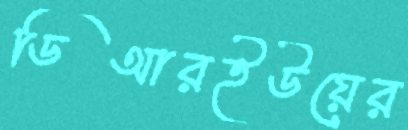
ডিআরইউয়ের